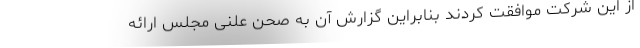
از این شرکت موافقت کردند بنابراین گزارش آن به صحن علنی مجلس ارائه